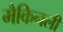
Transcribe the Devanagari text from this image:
मैकिनली